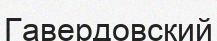
Гавердовский